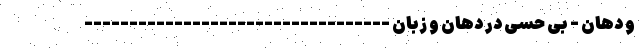
و دهان - بی حسی در دهان و زبان ----------------------------------